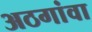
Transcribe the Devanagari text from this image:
अठगांवा